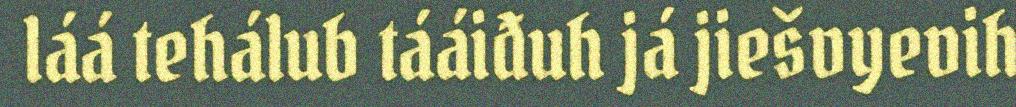
láá tehálub tááiđuh já jiešvyevih